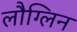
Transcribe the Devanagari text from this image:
लौग्लिन